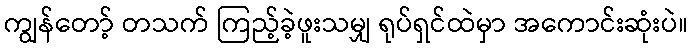
ကျွန်တော့် တသက် ကြည့်ခဲ့ဖူးသမျှ ရုပ်ရှင်ထဲမှာ အကောင်းဆုံးပဲ။